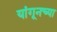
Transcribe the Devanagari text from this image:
यांगूनच्या